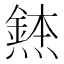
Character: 𪹸